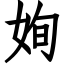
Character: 姰